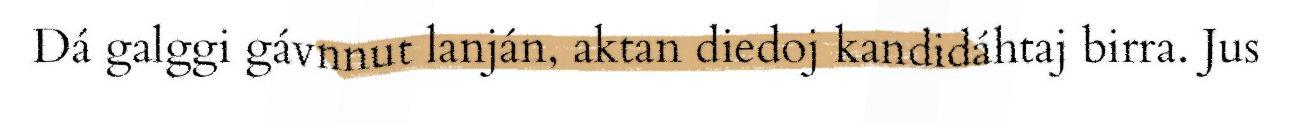
Dá galggi gávnnut lanján, aktan diedoj kandidáhtaj birra. Jus